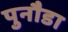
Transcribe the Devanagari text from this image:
पुनौडा